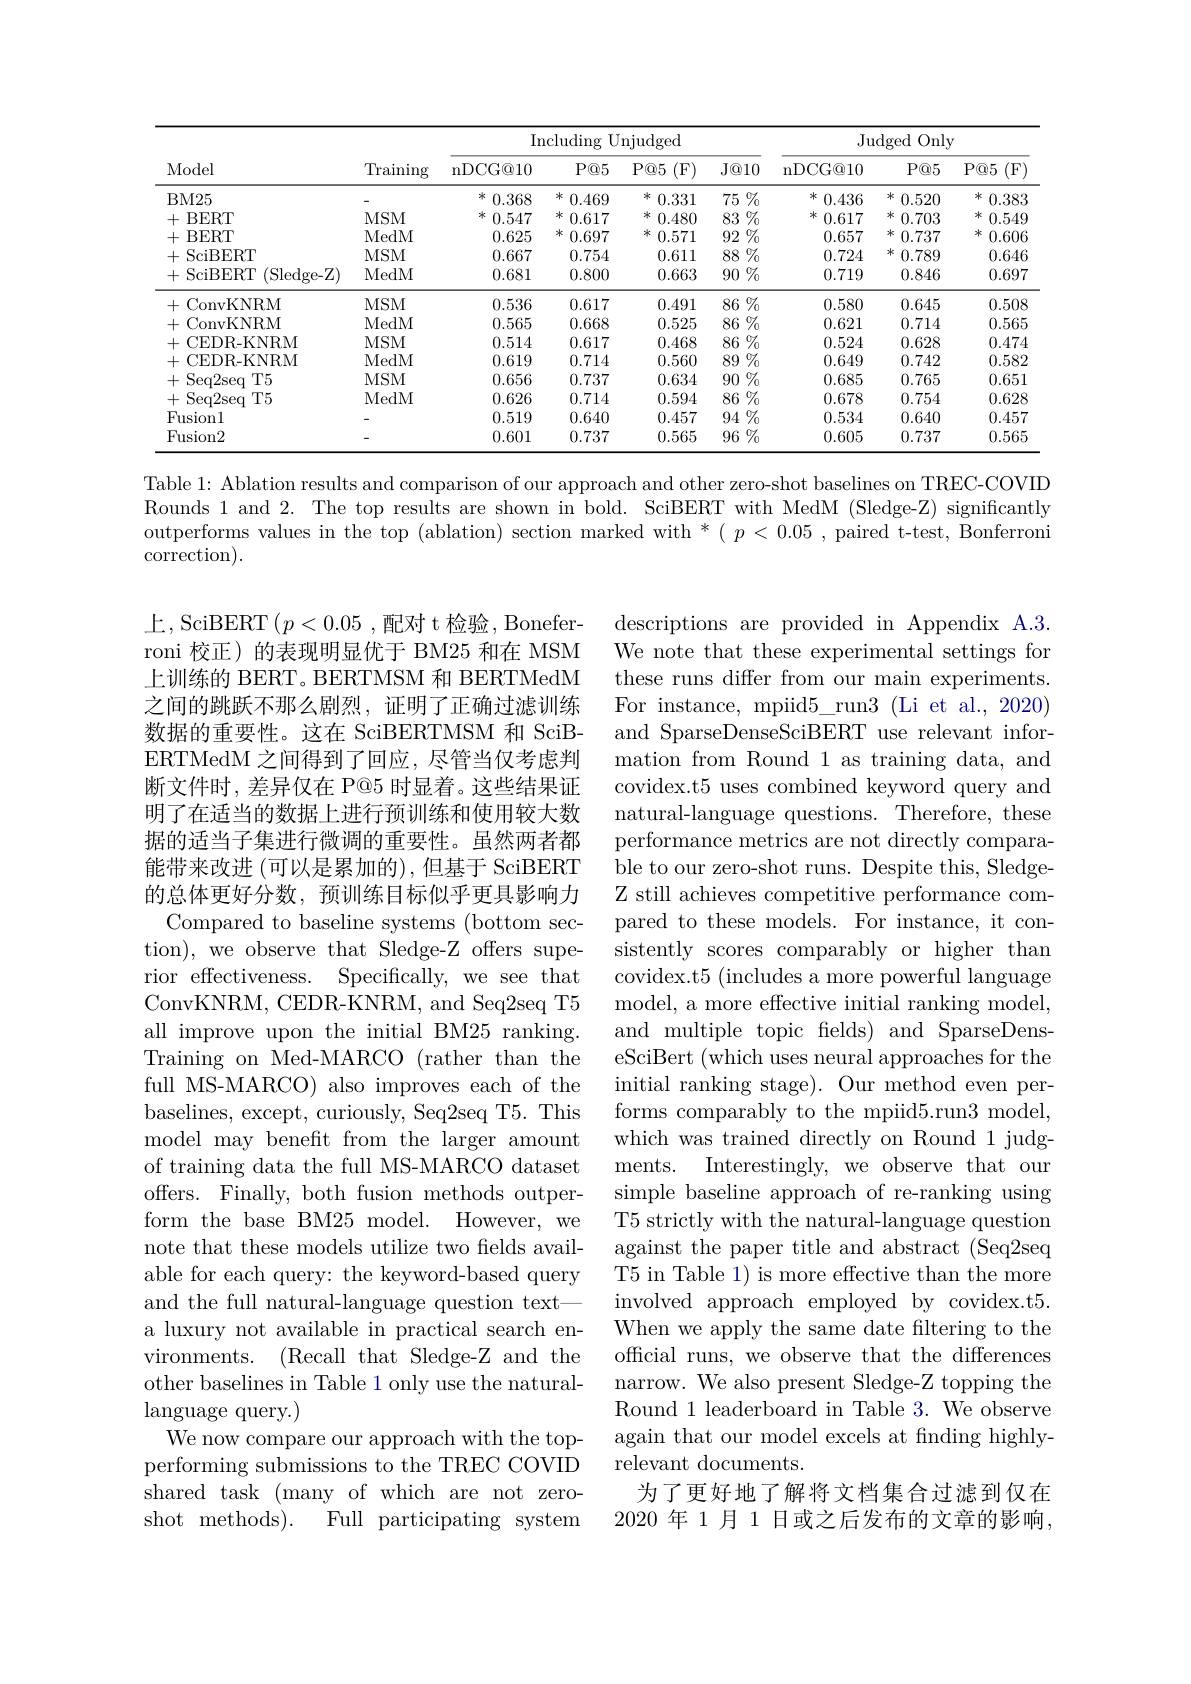
<table>
	<tbody>
		<tr>
			<th rowspan="2">Model</th>
			<th rowspan="2">Training</th>
			<th colspan="4">Including Unjudged</th>
			<th colspan="3">Judged Only</th>
		</tr>
		<tr>
			<th>nDCG@ 10</th>
			<th>$P@5$</th>
			<th>P@ 5 ( F) </th>
			<th>$J@10$</th>
			<th>nDCG@ 10</th>
			<th>$P@5$</th>
			<th>$P@5$ 5 (F)</th>
		</tr>
		<tr>
			<td>BM25</td>
			<td> </td>
			<td>冰 0.368</td>
			<td>冰 0.469</td>
			<td>冰 0.331</td>
			<td>$75\%$</td>
			<td>冰 0.436</td>
			<td>水 0.520</td>
			<td>冰 0.383</td>
		</tr>
		<tr>
			<td>+ BERT</td>
			<td>MSM</td>
			<td>冰 0.547</td>
			<td>冰 0.617</td>
			<td>冰 0.480</td>
			<td>83 $\%$</td>
			<td>水 0.617</td>
			<td>水 0.703</td>
			<td>冰 0.549</td>
		</tr>
		<tr>
			<td>+ BBBRT</td>
			<td>MedM</td>
			<td>0.625</td>
			<td>冰 0.697</td>
			<td>冰 0.571</td>
			<td>$\%$ 92</td>
			<td>0.657</td>
			<td>水 0.737</td>
			<td>* 0.606</td>
		</tr>
		<tr>
			<td>+ SciBBBRT </td>
			<td>MSM</td>
			<td>0.667</td>
			<td>0.754</td>
			<td>0.611</td>
			<td>$88\%$</td>
			<td>0.724</td>
			<td>水 0.789</td>
			<td>0.646</td>
		</tr>
		<tr>
			<td>(Sledge-Z) +SciBERT</td>
			<td>MedM</td>
			<td>0.681</td>
			<td>0.800</td>
			<td>0.663</td>
			<td>90 $\%$ $1^{\prime}$ 1 1 1</td>
			<td>0.719</td>
			<td>0.846</td>
			<td>0.697</td>
		</tr>
		<tr>
			<td>ConvKNRM +</td>
			<td>MSM</td>
			<td>0.536</td>
			<td>0.617</td>
			<td>0.491</td>
			<td>86 $\%_{0}$</td>
			<td>0.580</td>
			<td>0.645</td>
			<td>0.508</td>
		</tr>
		<tr>
			<td>+ConvKNRM</td>
			<td>MedM</td>
			<td>0.565</td>
			<td>0.668</td>
			<td>0.525</td>
			<td>86 $j\%$ T</td>
			<td>0.621</td>
			<td>0.714</td>
			<td>0.565</td>
		</tr>
		<tr>
			<td>+CEDR-KNRM</td>
			<td>MSM</td>
			<td>0.514</td>
			<td>0.617</td>
			<td>0.468</td>
			<td>86 $j\%$ T</td>
			<td>0.524</td>
			<td>0.628</td>
			<td>0.474</td>
		</tr>
		<tr>
			<td>+ - CBDR-KNRM</td>
			<td>MedM</td>
			<td>0.619</td>
			<td>0.714</td>
			<td>0.560</td>
			<td>89 $\%$</td>
			<td>0.649</td>
			<td>0.742</td>
			<td>0.582</td>
		</tr>
		<tr>
			<td>$T5$ + Seq2seq </td>
			<td>$MSM$</td>
			<td>0.656</td>
			<td>0.737</td>
			<td>0.634</td>
			<td>$\%$ 90</td>
			<td>0.685</td>
			<td>0.765</td>
			<td>0.651</td>
		</tr>
		<tr>
			<td>$T5$ + Seq2seq </td>
			<td>MedM</td>
			<td>0.626</td>
			<td>0.714</td>
			<td>0.594</td>
			<td>$86\%$</td>
			<td>0.678</td>
			<td>0.754</td>
			<td>0.628</td>
		</tr>
		<tr>
			<td>Fusionl</td>
			<td> </td>
			<td>0.519</td>
			<td>0.640</td>
			<td>0.457</td>
			<td>$94\%$</td>
			<td>0.534</td>
			<td>0.640</td>
			<td>0.457</td>
		</tr>
		<tr>
			<td>Fusion2</td>
			<td> </td>
			<td>0.601</td>
			<td>0.737</td>
			<td>0.565</td>
			<td>$96\%\%$</td>
			<td>0.605</td>
			<td>0.737</td>
			<td>0.565</td>
		</tr>
	</tbody>
</table>

Table 1: Ablation results and comparison of our approach and other zero-shot baselines on TREC-COVID Rounds 1 and 2. The top results are shown in bold. SciBERT with MedM (Sledge-Z) significantly outperforms values in the top (ablation) section marked with * $(p<0.05$, paired t-test, Bonferroni correction).

上，SciBERT $(p<0.05$ , 配对 t 检验，Boneferroni 校正) 的表现明显优于 BM25 和在 MSM 上训练的 BERT。BERTMSM 和 BERTMedM 之间的跳跃不那么剧烈，证明了正确过滤训练数据的重要性。这在 SciBERTMSM 和 SciBERTMedM 之间得到了回应，尽管当仅考虑判断文件时，差异仅在 P@5 时显着。这些结果证明了在适当的数据上进行预训练和使用较大数据的适当子集进行微调的重要性。虽然两者都能带来改进 (可以是累加的),但基于 SciBERT 的总体更好分数，预训练目标似乎更具影响力Compared to baseline systems (bottom sec-
tion), we observe that Sledge-Z offers superior effectiveness. Specifically, we see that ConvKNRM, CEDR-KNRM, and Seq2seq T5 all improve upon the initial BM25 ranking. Training on Med-MARCO (rather than the full MS-MARCO) also improves each of the baselines, except, curiously, Seq2seq T5. This model may benefit from the larger amount of training data the full MS-MARCO dataset offers. Finally, both fusion methods outperform the base BM25 model. However, we note that these models utilize two fields available for each query: the keyword-based query and the full natural-language question texta luxury not available in practical search environments. ( Recall that Sledge- Z and the other baselines in Table 1 only use the naturallanguage query.)
We now compare our approach with the topperforming submissions to the TREC COVID shared task (many of which are not zeroshot methods).
Full participating system

descriptions are provided in Appendix A.3 We note that these experimental settings for these runs differ from our main experiments. For instance, mpiid$5\_$run3 (Li et al., 2020) and SparseDenseSciBERT use relevant information from Round 1 as training data, and covidex.t5 uses combined keyword query and natural-language questions. Therefore, these performance metrics are not directly compara- ${\mathrm{~ble~to~our~zero-shot~runs.~Despite~this,~Sledge-}}$ Z still achieves competitive performance compared to these models. For instance, it consistently scores comparably or higher than covidex.t5 (includes a more powerful language model, a more effective initial ranking model, and multiple topic felds) and SparseDenseSciBert (which uses neural approaches for the initial ranking stage). Our method even performs comparably to the mpiid5.run3 model, which was trained directly on Round 1 judgments. Interestingly, we observe that our simple baseline approach of re-ranking using T5 strictly with the natural-language question against the paper title and abstract (Seq2seq T5 in Table 1) is more effective than the more involved approach employed by covidex.t5. When we apply the same date filtering to the official runs, we observe that the differences narrow. We also present Sledge-Z topping the Round 1 leaderboard in Table 3. We observe again that our model excels at finding highlyrelevant documents.
为了更好地了解将文档集合过滤到仅在2020 年 1 月 1 日或之后发布的文章的影响，